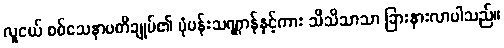
လူငယ် စစ်သေနာပတိချုပ်၏ ပုံပန်းသဏ္ဌာန်နှင့်ကား သိသိသာသာ ခြားနားလာပါသည်။